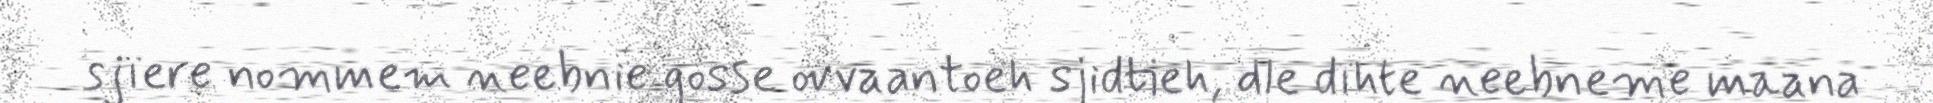
sjïere nommem neebnie gosse ovvaantoeh sjidtieh, dle dïhte neebneme maana